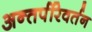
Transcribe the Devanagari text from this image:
अन्तर्परिवर्तन